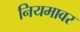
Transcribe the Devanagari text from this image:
नियमावर